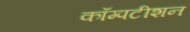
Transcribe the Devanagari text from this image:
कॉम्पटीशन